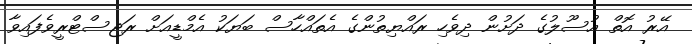
އޭރު އޮތް އުސޫލުގެ ދަށުން ދިވެހި ރައްޔިތުންގެ އެތައްހާސް ބަޔަކު އެމްޑީއަށް ރަޖިސްޓްރީވެފައިވާ